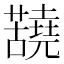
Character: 𫊐